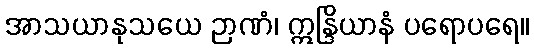
အာသယာနုသယေ ဉာဏံ၊ ဣန္ဒြိယာနံ ပရောပရေ။